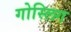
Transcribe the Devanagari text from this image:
गोस्लिग